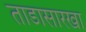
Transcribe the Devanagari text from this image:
ताडासारखा